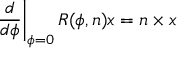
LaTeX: \left. { \frac { d } { d \phi } } \right| _ { \phi = 0 } R ( \phi , { \boldsymbol { n } } ) { \boldsymbol { x } } = { \boldsymbol { n } } \times { \boldsymbol { x } }